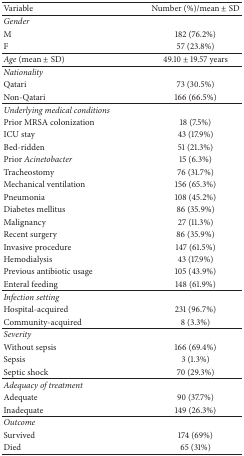
| Variable | Number (%)/mean ± SD |
 | --- | --- |
 | Gender |  |
 | M | 182 (76.2%) |
 | F | 57 (23.8%) |
 | Age (mean ± SD) | 49.10 ± 19.57 years |
 | Nationality |  |
 | Qatari | 73 (30.5%) |
 | Non-Qatari | 166 (66.5%) |
 | Underlying medical conditions |  |
 | Prior MRSA colonization | 18 (7.5%) |
 | ICU stay | 43 (17.9%) |
 | Bed-ridden | 51 (21.3%) |
 | Prior Acinetobacter | 15 (6.3%) |
 | Tracheostomy | 76 (31.7%) |
 | Mechanical ventilation | 156 (65.3%) |
 | Pneumonia | 108 (45.2%) |
 | Diabetes mellitus | 86 (35.9%) |
 | Malignancy | 27 (11.3%) |
 | Recent surgery | 86 (35.9%) |
 | Invasive procedure | 147 (61.5%) |
 | Hemodialysis | 43 (17.9%) |
 | Previous antibiotic usage | 105 (43.9%) |
 | Enteral feeding | 148 (61.9%) |
 | Infection setting |  |
 | Hospital-acquired | 231 (96.7%) |
 | Community-acquired | 8 (3.3%) |
 | Severity |  |
 | Without sepsis | 166 (69.4%) |
 | Sepsis | 3 (1.3%) |
 | Septic shock | 70 (29.3%) |
 | Adequacy of treatment |  |
 | Adequate | 90 (37.7%) |
 | Inadequate | 149 (26.3%) |
 | Outcome |  |
 | Survived | 174 (69%) |
 | Died | 65 (31%) |